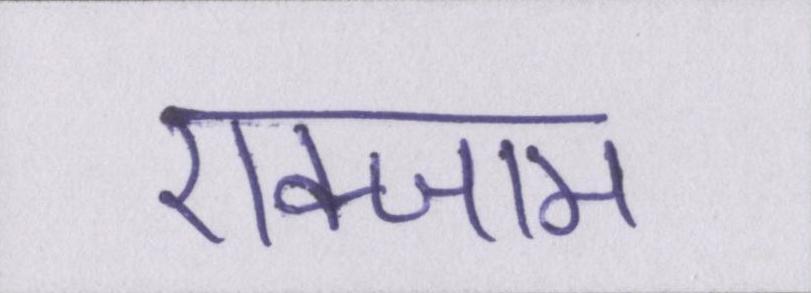
एक्जाम